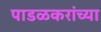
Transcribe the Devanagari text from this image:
पाडळकरांच्या